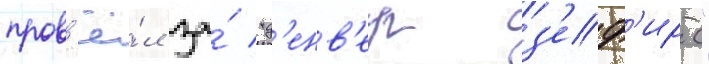
пров'ё́л за́ "д'енв'ер з'еф'ирс"